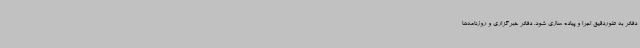
دفاتر به طوردقیق اجرا و پیاده سازی شود. دفاتر خبرگزاری و روزنامه‌ها